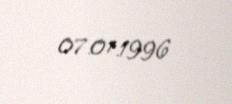
07.01.1996